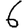
Digit: 6